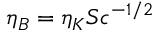
\eta _ { B } = \eta _ { K } S c ^ { - 1 / 2 }